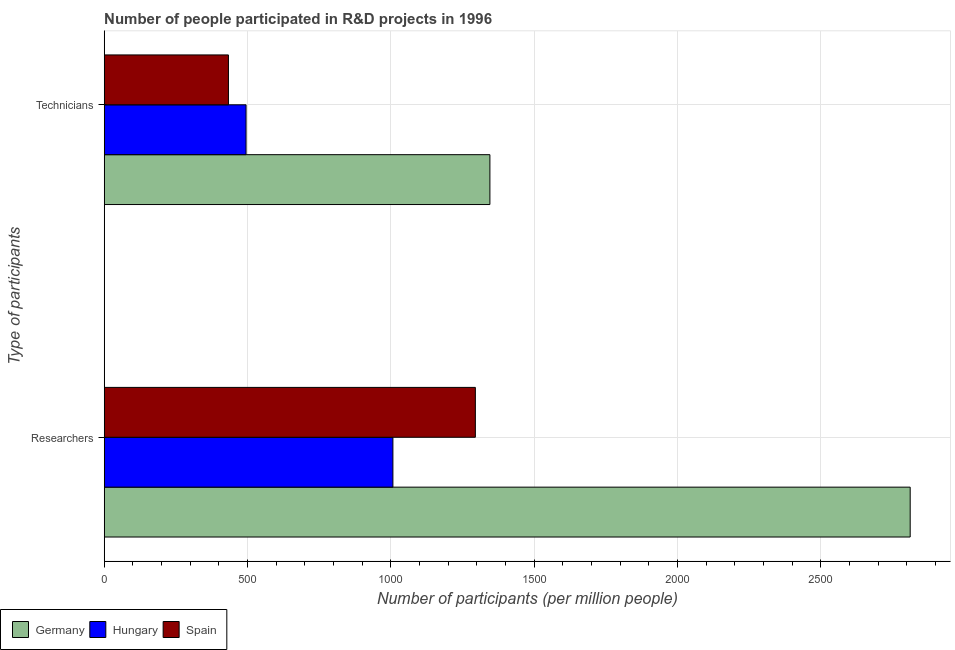
| Type of participants | Germany | Hungary | Spain |
 | --- | --- | --- | --- |
 | Researchers | 2.81e+03 | 1.01e+03 | 1.29e+03 |
 | Technicians | 1.35e+03 | 495 | 433 |